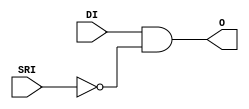
module AND2B1L (
  output O,
  input DI,
  (* invertible_pin = "IS_SRI_INVERTED" *)
  input SRI
);
  parameter [0:0] IS_SRI_INVERTED = 1'b0;
  assign O = DI & ~(SRI ^ IS_SRI_INVERTED);
endmodule